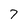
Character: 7